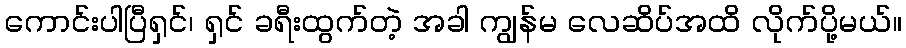
ကောင်းပါပြီရှင်၊ ရှင် ခရီးထွက်တဲ့ အခါ ကျွန်မ လေဆိပ်အထိ လိုက်ပို့မယ်။